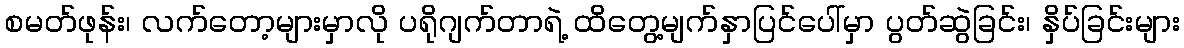
စမတ်ဖုန်း၊ လက်တော့များမှာလို ပရိုဂျက်တာရဲ့ ထိတွေ့မျက်နှာပြင်ပေါ်မှာ ပွတ်ဆွဲခြင်း၊ နှိပ်ခြင်းများ